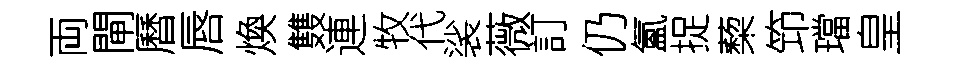
両閘曆唇煥䨇連牧代裟薇訂仍氳捉蔾笻璫皇